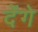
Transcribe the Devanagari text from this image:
देेंगे